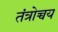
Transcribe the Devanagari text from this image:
तंत्रोच्चय